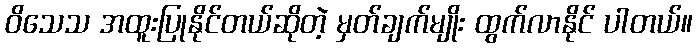
ဝိသေသ အထူးပြုနိုင်တယ်ဆိုတဲ့ မှတ်ချက်မျိုး ထွက်လာနိုင် ပါတယ်။